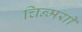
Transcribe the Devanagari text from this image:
चिन्मयी